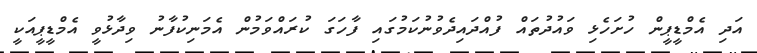
އަދި އެމްޑީޕީން ހުށަހެޅި ވައުދުތައް ފުއްދައިދެވުނުކަމުގައި ފާހަގަ ކުރައްވަމުން އެމަނިކުފާނު ވިދާޅުވީ އެމްޑީޕީއަކީ